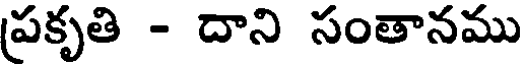
ప్రకృతి - దాని సంతానము